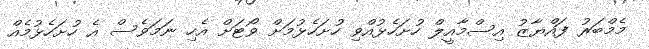
މެމްބަރު ފައްޔާޒު އިސްމާއީލް ހުށަހެޅުއްވި ހުށަހެޅުމަށް ވޯޓަށް އެހި ނަމަވެސް އެ ހުށަހެޅުމެއް